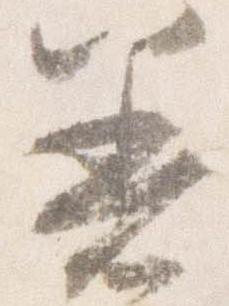
着